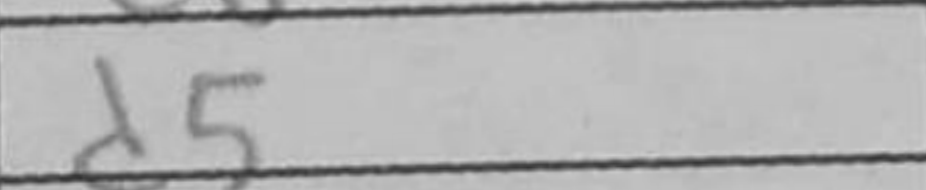
Transcription: d5